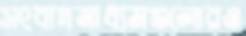
সংবাদমাধ্যমগুলোরও